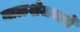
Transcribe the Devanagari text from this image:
माळशेजमार्गे